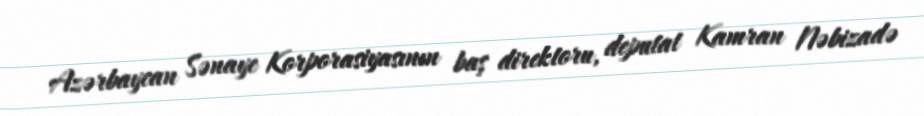
Azərbaycan Sənaye Korporasiyasının baş direktoru, deputat Kamran Nəbizadə